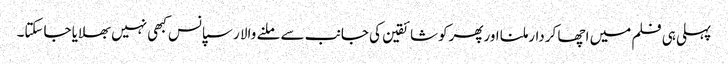
پہلی ہی فلم میں اچھا کردارملنا اورپھرکوشائقین کی جانب سے ملنے والا رسپانس کبھی نہیں بھلایا جاسکتا۔